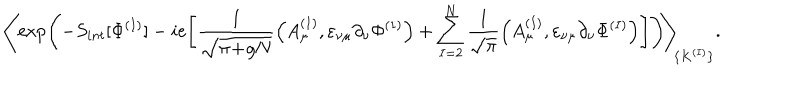
LaTeX: \Bigg \langle \! \exp \left( - S _ { i n t } [ \Phi ^ { ( I ) } ] - i e \Bigg [ \frac { 1 } { \sqrt { \pi \! + \! g N } } \Big ( A _ { \mu } ^ { ( 1 ) } , \varepsilon _ { \nu \mu } \partial _ { \nu } \Phi ^ { ( 1 ) } \Big ) + \sum _ { I = 2 } ^ { N } \frac { 1 } { \sqrt { \pi } } \Big ( A _ { \mu } ^ { ( I ) } , \varepsilon _ { \nu \mu } \partial _ { \nu } \Phi ^ { ( I ) } \Big ) \Bigg ] \right) \! \Bigg \rangle _ { \! \{ K ^ { ( I ) } \} } .